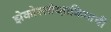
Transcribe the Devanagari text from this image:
झेकोस्लोव्हाकियाची